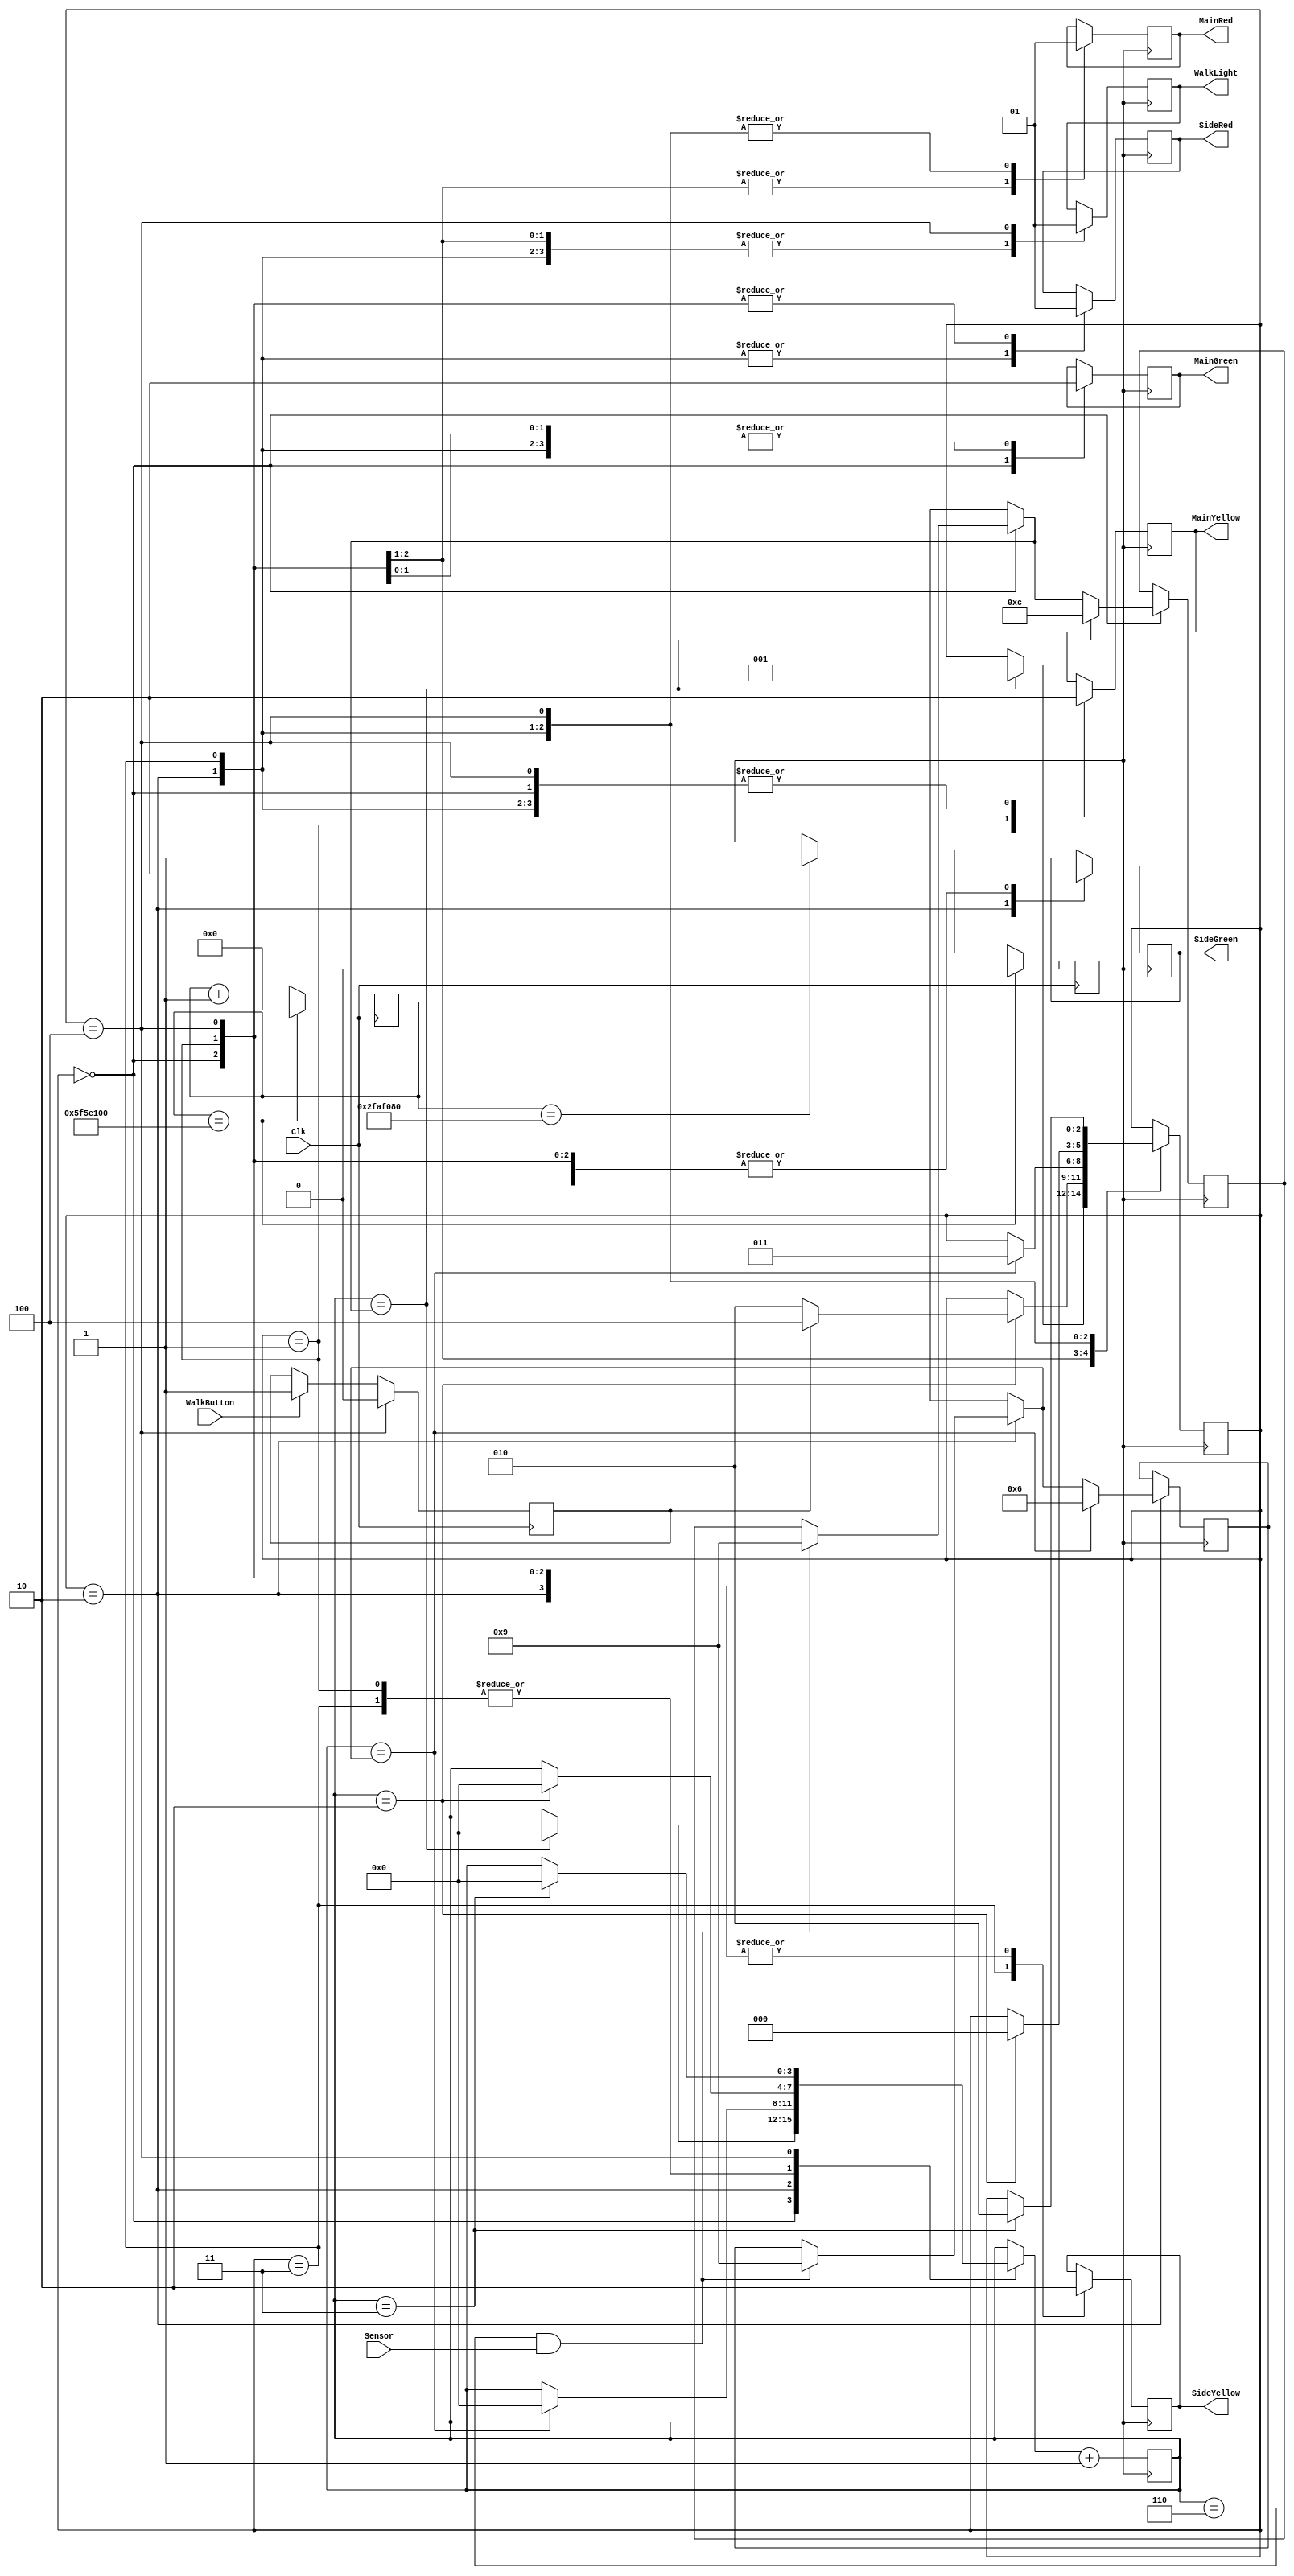
`timescale 1ns / 1ps

module TrafficLight(
    input Sensor,
    input Clk,
    input WalkButton,
    output reg MainGreen,
    output reg MainYellow,
    output reg MainRed,
    output reg SideGreen,
    output reg SideYellow,
    output reg SideRed,
    output reg WalkLight
    );

reg period = 0;
reg WalkButton3;
reg [27:0] divider = 0;
reg [2:0] state = 0;
reg [3:0] seconds = 0;
reg [3:0] maxTime = 12;
reg [3:0] maxTime2 = 6;
always@(posedge Clk) begin

	if (WalkButton == 1) begin
		WalkButton3 = 1;
	end
	if (state == 3'b100) begin
		WalkButton3 = 0;
	end
	if (divider == 100000000) begin   // Changed for debug
		period = 0;
		divider = 0;
	end else if(divider == 50000000) begin
		period = 1;
		divider = divider + 1;
	end else begin
		divider = divider + 1;
	end
end

always@(posedge period) begin



case(state)
   //Main: Green, Side: Red, Walk signal: Off
	3'b000: begin
				 MainGreen = 1;
				 MainYellow = 0;
				 MainRed = 0;
				 SideGreen = 0;
				 SideYellow = 0;
				 SideRed = 1;
				 WalkLight = 0;
				 if(seconds == 6 && Sensor == 1) begin
						maxTime = 9;
				 end 
				 if(seconds == maxTime) begin
					state = 3'b001;
					maxTime = 12;
					seconds = 0;
				 end			 
			 end
   //Main: Yellow, Side: Red, Walk signal:Off
	3'b001: begin
				 MainGreen = 0;
				 MainYellow = 1;
				 MainRed = 0;
				 SideGreen = 0;
				 SideYellow = 0;
				 SideRed = 1;
				 WalkLight = 0;
				if(seconds == 2) begin
					if(WalkButton3 == 1) begin
					state = 3'b100;
					seconds = 0;
					end else begin
					state = 3'b010;
					seconds = 0;
					end
				end
			 end
   //Main: Red, Side: Green, Walk signal: Off
	3'b010: begin
				 MainGreen = 0;
				 MainYellow = 0;
				 MainRed = 1;
				 SideGreen = 1;
				 SideYellow = 0;
				 SideRed = 0;
				 WalkLight = 0;
				if(seconds == 6 && Sensor == 1) begin
				maxTime2 = 9;
				end
				if(seconds == maxTime2) begin
				state = 3'b011;
				seconds = 0;
				maxTime2 = 6;
				end
			 end			 
   //Main: Red, Side: Yellow, Walk signal: Off
	3'b011: begin
				 MainGreen = 0;
				 MainYellow = 0;
				 MainRed = 1;
				 SideGreen = 0;
				 SideYellow = 1;
				 SideRed = 0;
				 WalkLight = 0;
				if(seconds == 2) begin
				state = 3'b000;
				seconds = 0;
				end
			 end	
   //Main: Red, Side: Red, Walk signal: On
	3'b100: begin
				 MainGreen = 0;
				 MainYellow = 0;
				 MainRed = 1;
				 SideGreen = 0;
				 SideYellow = 0;
				 SideRed = 1;
				 WalkLight = 1;
				if(seconds == 3) begin
					state = 3'b010;
					seconds = 0;
				end
			 end
	endcase
seconds = seconds + 1;
end


endmodule